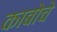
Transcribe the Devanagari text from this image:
काबोचे